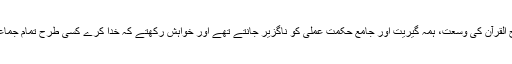
موجودہ دور میں دین کے تمام تقاضے پورے کرنے کے لیے منہاج القرآن کی وسعت، ہمہ گیریت اور جامع حکمت عملی کو ناگزیر جانتے تھے اور خواہش رکھتے کہ خدا کرے کسی طرح تمام جماعتیں ایسے ہی رویے کو اپنا لیں تاکہ معاشرے میں امن قائم ہوسکے۔